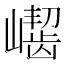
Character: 𪩛